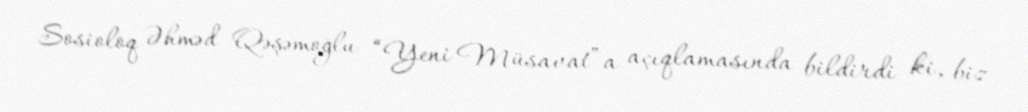
Sosioloq Əhməd Qəşəmoğlu “Yeni Müsavat”a açıqlamasında bildirdi ki, biz